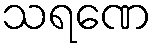
သရဏေ